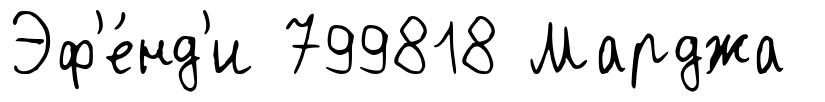
Эф'е́нд'и 799818 Марджа